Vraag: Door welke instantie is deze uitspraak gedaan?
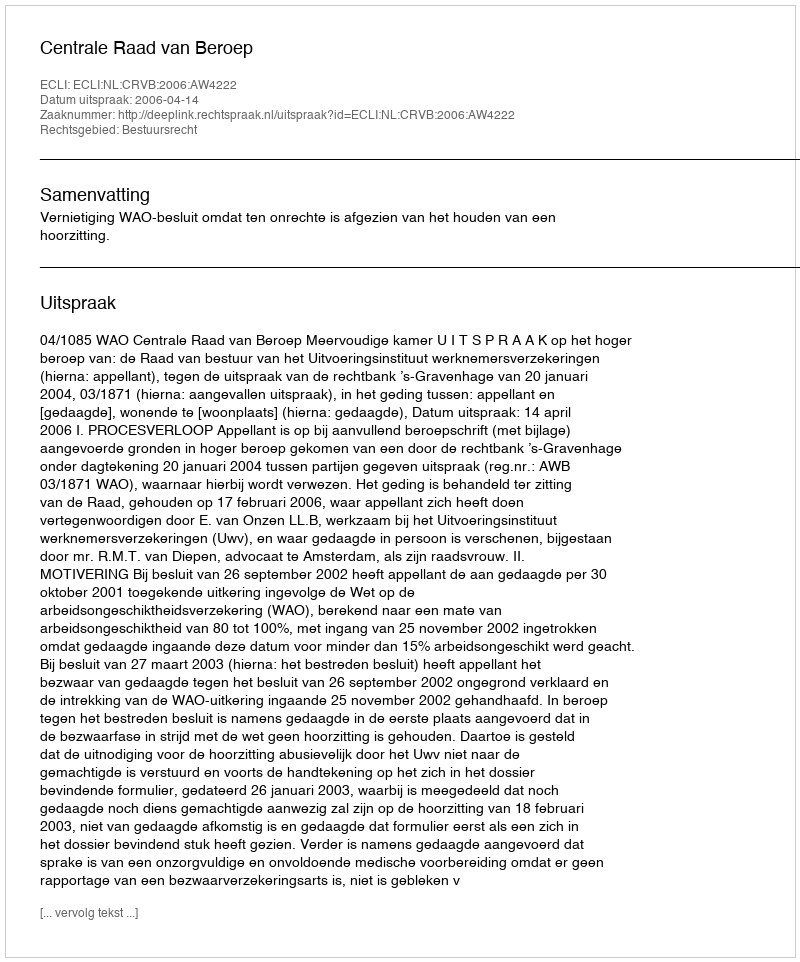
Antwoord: Centrale Raad van Beroep